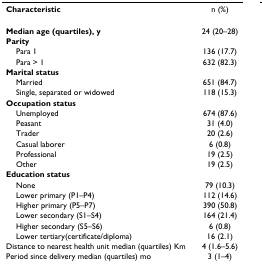
<table><thead><tr><td><b>Characteristic</b></td><td><b>n (%)</b></td></tr></thead><tbody><tr><td><b>Median age (quartiles), y</b></td><td>24 (20–28)</td></tr><tr><td><b>Parity</b></td><td></td></tr><tr><td> Para 1</td><td>136 (17.7)</td></tr><tr><td> Para &gt; 1</td><td>632 (82.3)</td></tr><tr><td><b>Marital status</b></td><td></td></tr><tr><td> Married</td><td>651 (84.7)</td></tr><tr><td> Single, separated or widowed</td><td>118 (15.3)</td></tr><tr><td><b>Occupation status</b></td><td></td></tr><tr><td> Unemployed</td><td>674 (87.6)</td></tr><tr><td> Peasant</td><td>31 (4.0)</td></tr><tr><td> Trader</td><td>20 (2.6)</td></tr><tr><td> Casual laborer</td><td>6 (0.8)</td></tr><tr><td> Professional</td><td>19 (2.5)</td></tr><tr><td> Other</td><td>19 (2.5)</td></tr><tr><td><b>Education status</b></td><td></td></tr><tr><td> None</td><td>79 (10.3)</td></tr><tr><td> Lower primary (P1–P4)</td><td>112 (14.6)</td></tr><tr><td> Higher primary (P5–P7)</td><td>390 (50.8)</td></tr><tr><td> Lower secondary (S1–S4)</td><td>164 (21.4)</td></tr><tr><td> Higher secondary (S5–S6)</td><td>6 (0.8)</td></tr><tr><td> Lower tertiary(certificate/diploma)</td><td>16 (2.1)</td></tr><tr><td>Distance to nearest health unit median (quartiles) Km</td><td>4 (1.6–5.6)</td></tr><tr><td>Period since delivery median (quartiles) mo</td><td>3 (1–4)</td></tr></tbody></table>